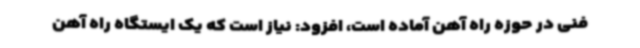
فنی در حوزه راه آهن آماده است، افزود: نیاز است که یک ایستگاه راه آهن